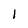
Character: 1